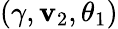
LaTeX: (\gamma,\mathbf{v}_{2},\theta_{1})